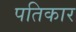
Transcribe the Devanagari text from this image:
पतिकार